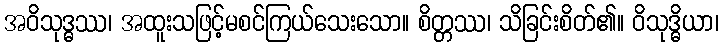
အဝိသုဒ္ဓဿ၊ အထူးသဖြင့်မစင်ကြယ်သေးသော။ စိတ္တဿ၊ သိခြင်းစိတ်၏။ ဝိသုဒ္ဓိယာ၊